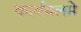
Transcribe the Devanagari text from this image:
कार्यबलमे